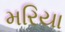
મરિયા